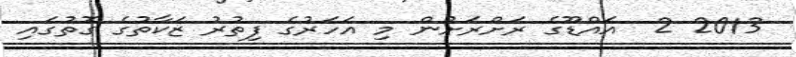
2013 2  އައްޑޫގެ ރަށްރަށުން މި އަހަރުގެ ފިތުރު ޒަކާތުގެ ގޮތުގައި